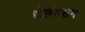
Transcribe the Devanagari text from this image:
रोलैंडसन